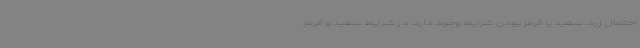
احتمال زرد، سفید یا قرمز بودن شرایط وجود دارد. در شرایط سفید و قرمز